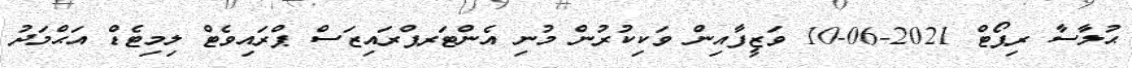
ޙުލާސާ ރިޕޯޓް 2021-06-10 ވަޒީފާއިން ވަކިކުރުން މުނި އެންޓަރޕްރައިޒަސް ޕްރައިވެޓް ލިމިޓެޑް އަޙްމަދު